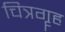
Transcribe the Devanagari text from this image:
चित्रगॄह